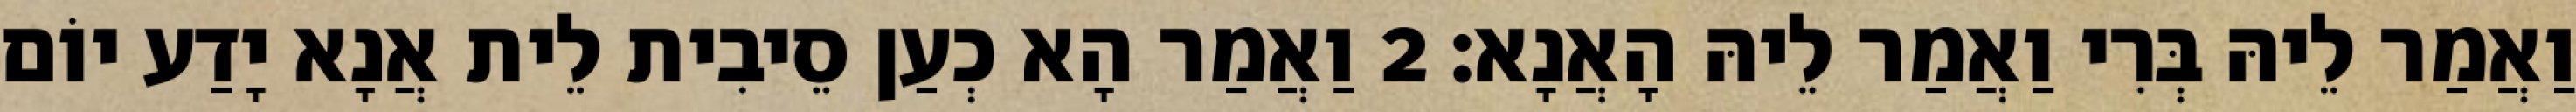
וַאֲמַר לֵיהּ בְּרִי וַאֲמַר לֵיהּ הָאֲנָא׃ 2 וַאֲמַר הָא כְעַן סֵיבִית לֵית אֲנָא יָדַע יוֹם